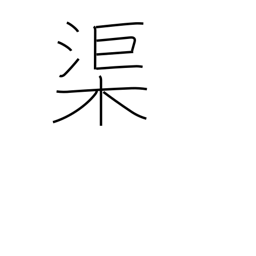
Meaning: canal